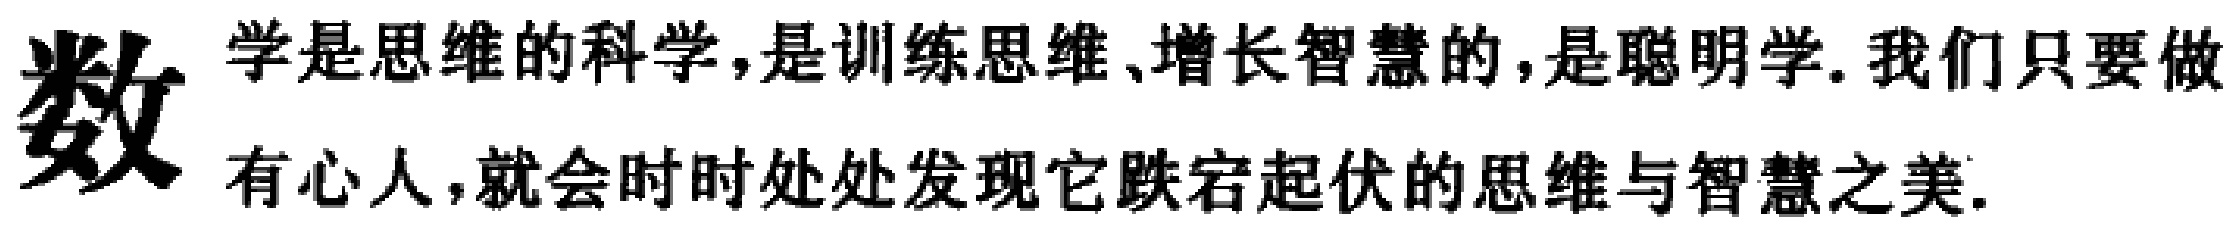
数 学是思维的科学,是训练思维、增长智慧的,是聪明学.我们只要做有心人,就会时时处处发现它跌宕起伏的思维与智慧之美.